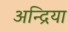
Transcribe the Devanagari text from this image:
अन्द्रिया